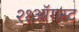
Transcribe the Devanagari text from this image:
२१ऑगस्ट